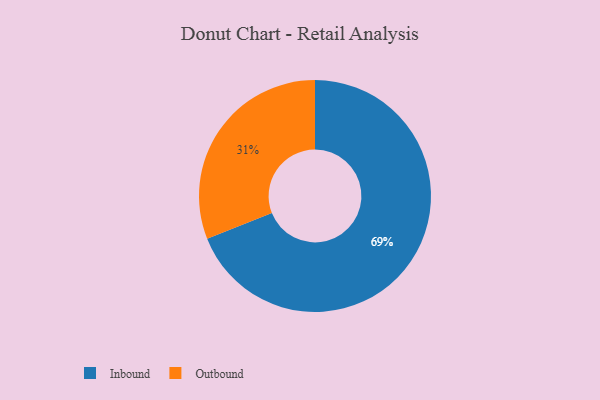
{"axis": {"x": "Category", "y": "Percentage"}, "legend": ["Inbound", "Outbound"], "data": [{"x": "Inbound", "y": 69, "type": "Inbound"}, {"x": "Outbound", "y": 31, "type": "Outbound"}]}